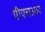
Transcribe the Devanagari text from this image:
पीएचआर